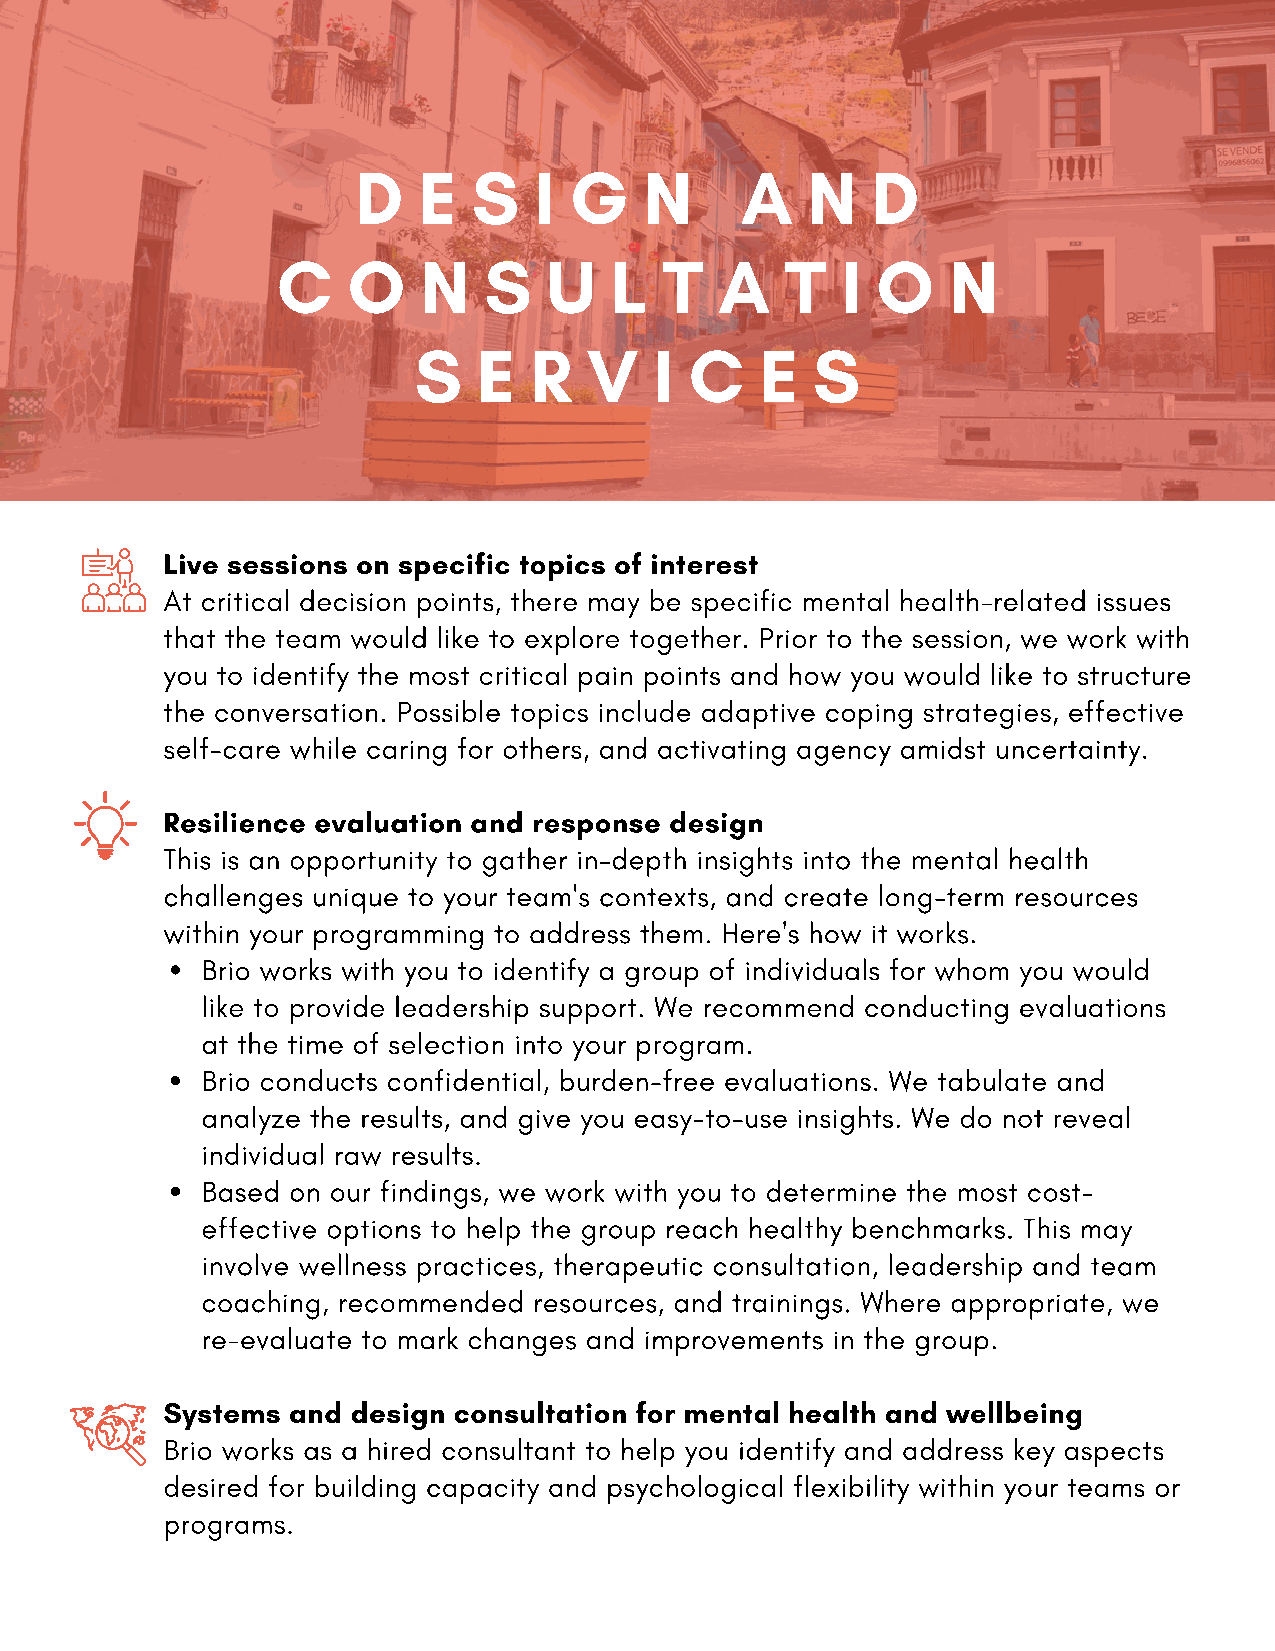
D   E  S   I  G    N     A   N    D
 C    O    N   S   U   L   T   A   T   I O    N
 S    E  R   V   I  C   E   S
 Live sessions on specific topics of interest
 At critical decision points, there may be specific mental health-related issues
 that the team would like to explore together. Prior to the session, we work with
 you to identify the most critical pain points and how you would like to structure
 the conversation. Possible topics include adaptive coping strategies, effective
 self-care while caring for others, and activating agency amidst uncertainty.
 Resilience evaluation and response design
 This is an opportunity to gather in-depth insights into the mental health
 challenges unique to your team's contexts, and create long-term resources
 within your programming to address them. Here's how it works.
 Brio works with you to identify a group of individuals for whom you would
 like to provide leadership support. We recommend conducting evaluations
 at the time of selection into your program.
 Brio conducts confidential, burden-free evaluations. We tabulate and
 analyze the results, and give you easy-to-use insights. We do not reveal
 individual raw results.
 Based on our findings, we work with you to determine the most cost-
 effective options to help the group reach healthy benchmarks. This may
 involve wellness practices, therapeutic consultation, leadership and team
 coaching, recommended resources, and trainings. Where appropriate, we
 re-evaluate to mark changes and improvements in the group.
 Systems and design consultation for mental health and wellbeing
 Brio works as a hired consultant to help you identify and address key aspects
 desired for building capacity and psychological flexibility within your teams or
 programs.